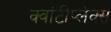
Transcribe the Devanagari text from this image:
क्वांटीप्लेक्स